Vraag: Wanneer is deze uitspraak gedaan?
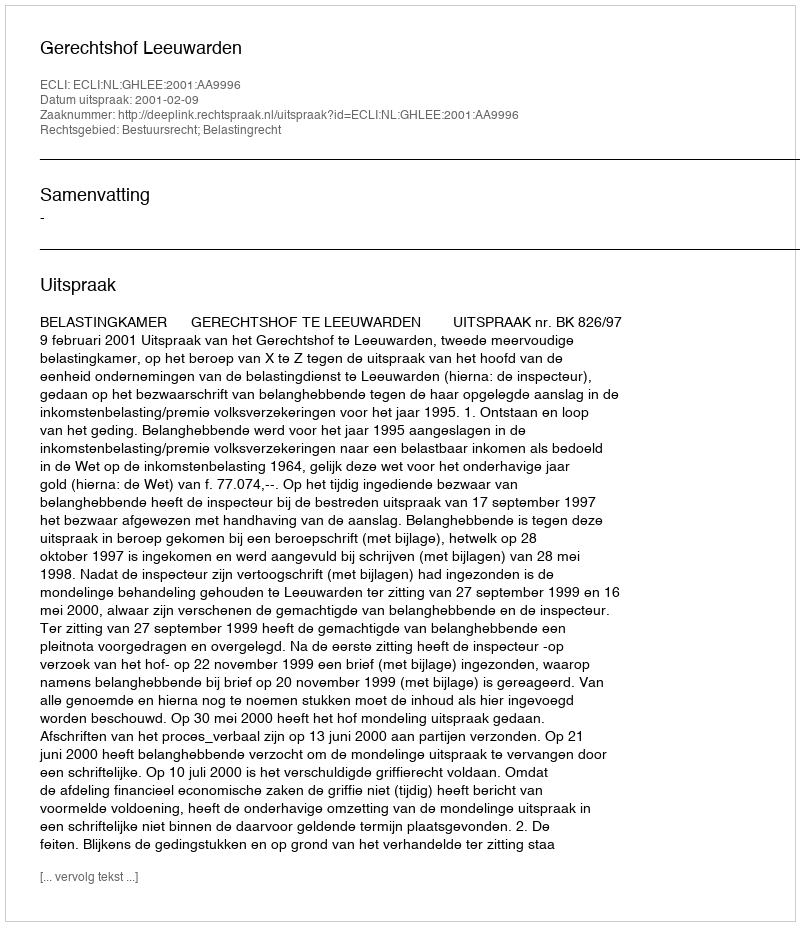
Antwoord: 2001-02-09